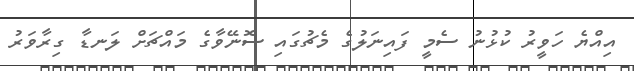
އިއްޔެ ހަވީރު ކުޅުނު ސެމީ ފައިނަލުގެ މެޗުގައި ސޮނޭވާގެ މައްޗަށް ލަނޑާ ގިރާވަރު